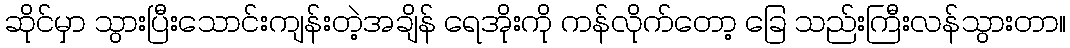
ဆိုင်မှာ သွားပြီးသောင်းကျန်းတဲ့အချိန် ရေအိုးကို ကန်လိုက်တော့ ခြေ သည်းကြီးလန်သွားတာ။